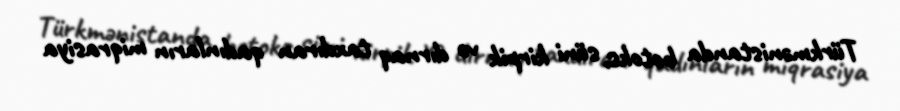
Türkmənistanda botoks, süni kirpik və dırnaq taxdıran qadınların miqrasiya